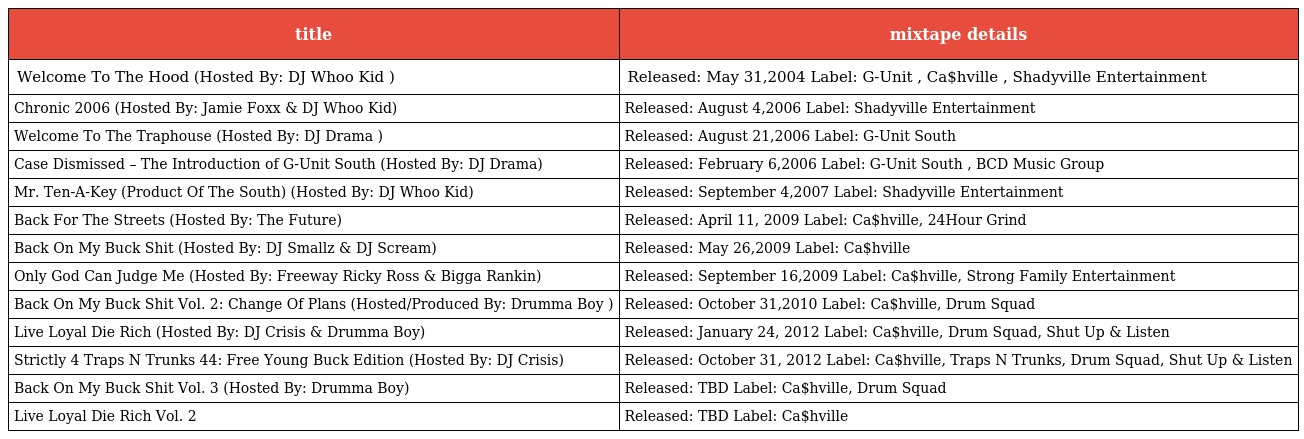
| title | mixtape details |
 | --- | --- |
 | Welcome To The Hood (Hosted By: DJ Whoo Kid ) | Released: May 31,2004 Label: G-Unit , Ca$hville , Shadyville Entertainment |
 | Chronic 2006 (Hosted By: Jamie Foxx & DJ Whoo Kid) | Released: August 4,2006 Label: Shadyville Entertainment |
 | Welcome To The Traphouse (Hosted By: DJ Drama ) | Released: August 21,2006 Label: G-Unit South |
 | Case Dismissed – The Introduction of G-Unit South (Hosted By: DJ Drama) | Released: February 6,2006 Label: G-Unit South , BCD Music Group |
 | Mr. Ten-A-Key (Product Of The South) (Hosted By: DJ Whoo Kid) | Released: September 4,2007 Label: Shadyville Entertainment |
 | Back For The Streets (Hosted By: The Future) | Released: April 11, 2009 Label: Ca$hville, 24Hour Grind |
 | Back On My Buck Shit (Hosted By: DJ Smallz & DJ Scream) | Released: May 26,2009 Label: Ca$hville |
 | Only God Can Judge Me (Hosted By: Freeway Ricky Ross & Bigga Rankin) | Released: September 16,2009 Label: Ca$hville, Strong Family Entertainment |
 | Back On My Buck Shit Vol. 2: Change Of Plans (Hosted/Produced By: Drumma Boy ) | Released: October 31,2010 Label: Ca$hville, Drum Squad |
 | Live Loyal Die Rich (Hosted By: DJ Crisis & Drumma Boy) | Released: January 24, 2012 Label: Ca$hville, Drum Squad, Shut Up & Listen |
 | Strictly 4 Traps N Trunks 44: Free Young Buck Edition (Hosted By: DJ Crisis) | Released: October 31, 2012 Label: Ca$hville, Traps N Trunks, Drum Squad, Shut Up & Listen |
 | Back On My Buck Shit Vol. 3 (Hosted By: Drumma Boy) | Released: TBD Label: Ca$hville, Drum Squad |
 | Live Loyal Die Rich Vol. 2 | Released: TBD Label: Ca$hville |